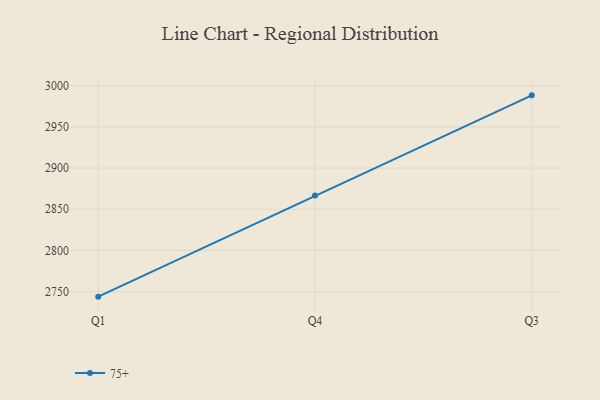
{"axis": {"x": "Quarter", "y": "Headcount"}, "legend": ["75+"], "data": [{"x": "Q1", "y": 2744.0, "type": "75+"}, {"x": "Q4", "y": 2866.6, "type": "75+"}, {"x": "Q3", "y": 2988.2, "type": "75+"}]}